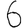
Digit: 6